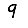
Digit: 9